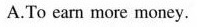
A.To earn more money.